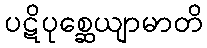
ပဋိပုစ္ဆေယျာမာတိ